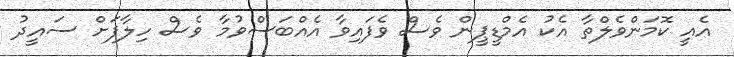
އެއީ ކޮމަންވެލްތާ އެކު އެމްޑީޕީން ވެސް ވެފައިވާ އެއްބަސްވުމާ ވެސް ހިލާފަށް ސައީދު